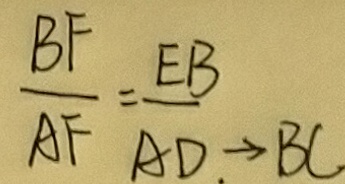
\frac { B F } { A F } = \frac { E B } { A D } \rightarrow B C